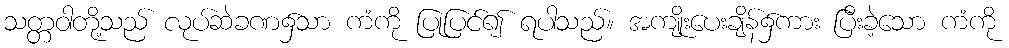
သတ္တဝါတို့သည် လုပ်ဆဲခဏ၌သာ ကံကို ပြုပြင်၍ ရပါသည်။ အကျိုးပေးချိန်၌ကား ပြီးခဲ့သော ကံကို